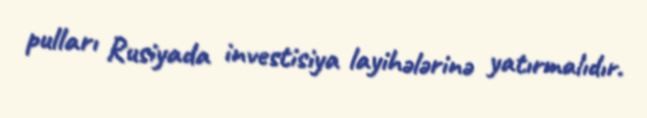
pulları Rusiyada investisiya layihələrinə yatırmalıdır.